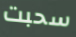
سحبت